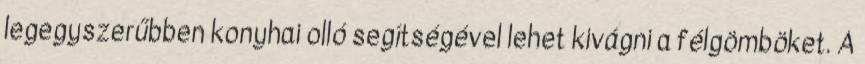
legegyszerűbben konyhai olló segítségével lehet kivágni a félgömböket. A